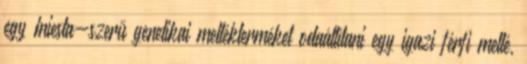
egy Iniesta-szerű genetikai mellékterméket odaállítani egy igazi férfi mellé,